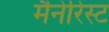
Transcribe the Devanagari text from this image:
मैनेरिस्ट